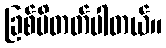
ခြစ်မိတတ်ပါတယ်။